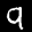
Label: 9